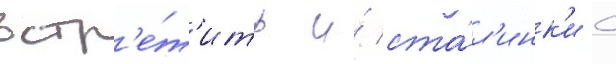
встр'е́т'ить и́ ста́л'инк'и с